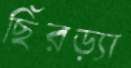
ছিঁরড়্যা